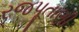
રજપૂતાણી